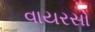
વાયરસો